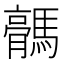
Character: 𱼥